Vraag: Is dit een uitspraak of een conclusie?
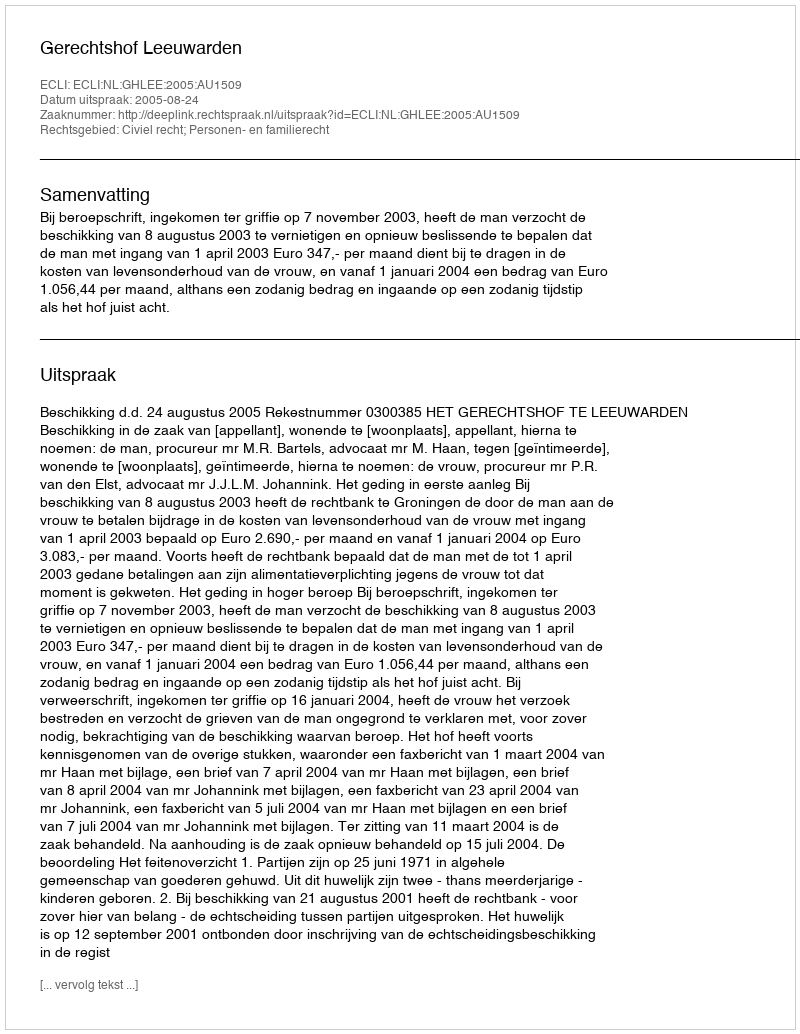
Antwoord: Uitspraak